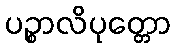
ပဉ္စာလိပုတ္တော